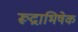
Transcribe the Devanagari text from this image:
रूद्राभिषेक